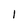
Character: 1